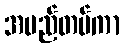
အမည်တပ်ကာ